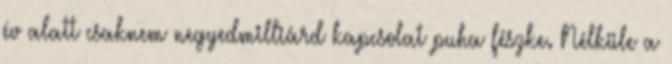
év alatt csaknem negyedmilliárd kapcsolat puha fészke. Nélküle a